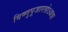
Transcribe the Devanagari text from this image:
विष्णुपूजारतोऽथवा